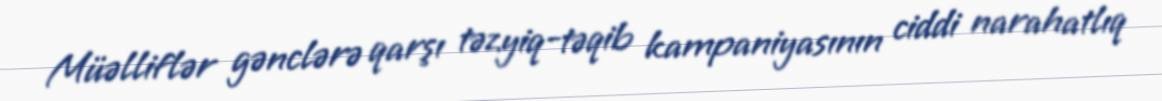
Müəlliflər gənclərə qarşı təzyiq-təqib kampaniyasının ciddi narahatlıq